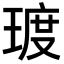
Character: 𪻿